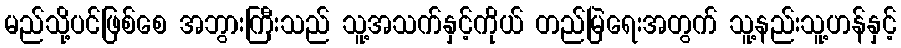
မည်သို့ပင်ဖြစ်စေ အဘွားကြီးသည် သူ့အသက်နှင့်ကိုယ် တည်မြဲရေးအတွက် သူ့နည်းသူ့ဟန်နှင့်